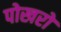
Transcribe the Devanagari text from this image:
पोखरो